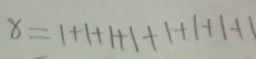
x = 1 + 1 + 1 + 1 + 1 + 1 + 1 + 1